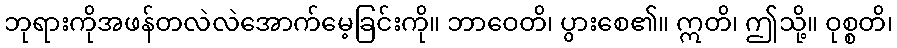
ဘုရားကိုအဖန်တလဲလဲအောက်မေ့ခြင်းကို။ ဘာဝေတိ၊ ပွားစေ၏။ ဣတိ၊ ဤသို့။ ဝုစ္စတိ၊